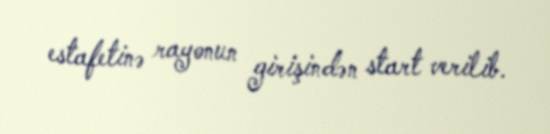
estafetinə rayonun girişindən start verilib.